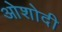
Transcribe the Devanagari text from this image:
ओशोदी